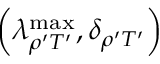
\left( \lambda _ { \rho ^ { \prime } T ^ { \prime } } ^ { \mathrm { m a x } } , \delta _ { \rho ^ { \prime } T ^ { \prime } } \right)